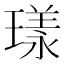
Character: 𭹴